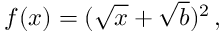
f ( x ) = ( \sqrt { x } + \sqrt { b } ) ^ { 2 } \, ,